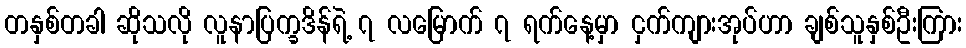
တနှစ်တခါ ဆိုသလို လူနာပြက္ခဒိန်ရဲ့ ၇ လမြောက် ၇ ရက်နေ့မှာ ငှက်ကျားအုပ်ဟာ ချစ်သူနှစ်ဦးကြား